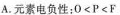
A.元素电负性：0<P<F